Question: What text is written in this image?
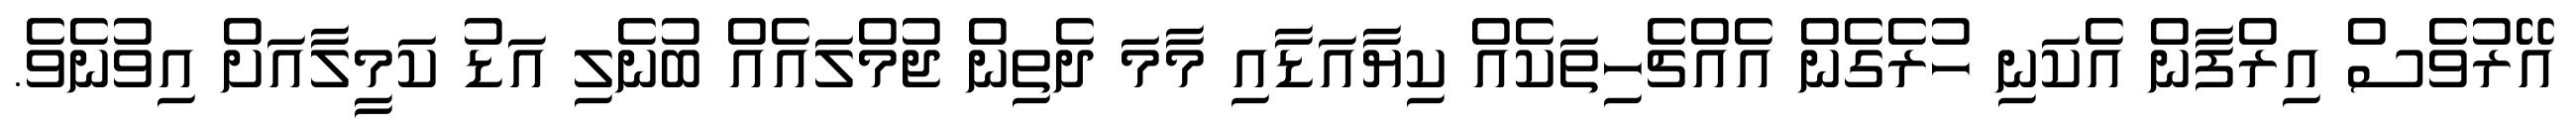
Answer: އޭރުވެސް އިރްފާން އެކަނި ހުރެގެން އެއްޗެހިތަކެއް ކިޔާއަޑާއި މާމަ ދެތިން ޖުމްލައެއް ބުނެލި އަޑު ކަމީލާއަށް އިވުނެވެ.